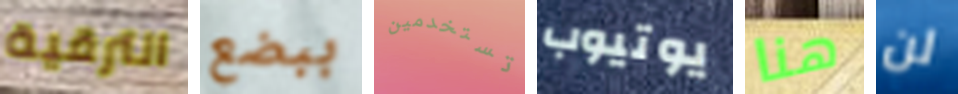
الترقية ببضع تستخدمين يوتيوب هنا لن